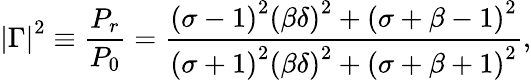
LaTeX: \left|\Gamma\right|^{2}\equiv\frac{P_{r}}{P_{0}}=\frac{\left(\sigma-1\right)^{2}\left(\beta\delta\right)^{2}+\left(\sigma+\beta-1\right)^{2}}{\left(\sigma+1\right)^{2}\left(\beta\delta\right)^{2}+\left(\sigma+\beta+1\right)^{2}},